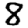
Digit: 8